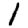
Digit: 1